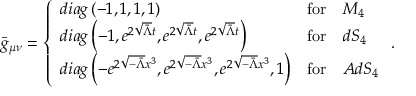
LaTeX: \bar { g } _ { \mu \nu } = \left\{ \begin{array} { l l l } { { d i a g \left( - 1 , 1 , 1 , 1 \right) } } & { { \mathrm { f o r } } } & { { M _ { 4 } } } \\ { { d i a g \left( - 1 , e ^ { 2 \sqrt { \bar { \Lambda } } t } , e ^ { 2 \sqrt { \bar { \Lambda } } t } , e ^ { 2 \sqrt { \bar { \Lambda } } t } \right) } } & { { \mathrm { f o r } } } & { { d S _ { 4 } } } \\ { { d i a g \left( - e ^ { 2 \sqrt { - \bar { \Lambda } } x ^ { 3 } } , e ^ { 2 \sqrt { - \bar { \Lambda } } x ^ { 3 } } , e ^ { 2 \sqrt { - \bar { \Lambda } } x ^ { 3 } } , 1 \right) } } & { { \mathrm { f o r } } } & { { A d S _ { 4 } } } \end{array} \right. .